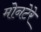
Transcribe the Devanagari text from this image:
मोनटेरे